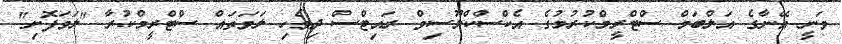
ވަނީ އޭނާގެ އަލްބަމް ސްޓްރީމްކުރުމުގެ އެކްސްކްލޫސިވް ރައިޓްސް ދިވެހި ލަވަތައް ސްޓްރީމްކުރާ "ލަވަފޮށި"